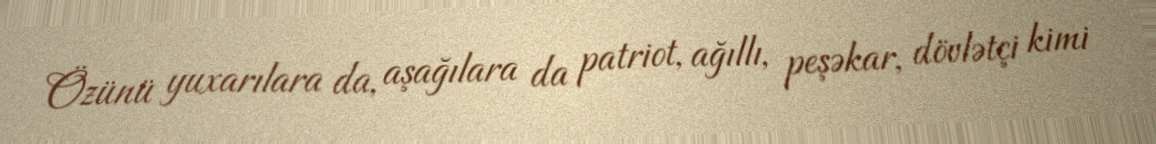
Özünü yuxarılara da, aşağılara da patriot, ağıllı, peşəkar, dövlətçi kimi